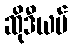
ဆိုဒီယမ်